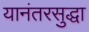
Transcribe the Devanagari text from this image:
यानंतरसुद्धा